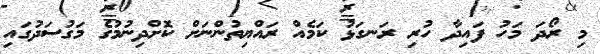
މި ރޯދަ މަހު ފައިދާ ހުރި ރަނގަޅު ކަމެއް ރައްޔިތުންނަށް ކޮށްދިނުމުގެ މަގުސަދުގައި